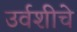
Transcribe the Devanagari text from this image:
उर्वशीचे